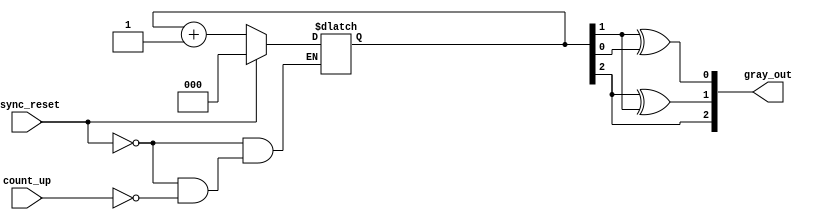
module gray_code_async_counter (
    input wire async_reset,   // Asynchronous reset
    input wire count_up,      // Asynchronous count signal
    output reg [2:0] gray_out // 3-bit Gray code output
);

// Internal binary counter
reg [2:0] binary_count;

// Function to convert binary to Gray code
function [2:0] binary_to_gray;
    input [2:0] bin;
    begin
        binary_to_gray = {bin[2], bin[2] ^ bin[1], bin[1] ^ bin[0]};
    end
endfunction

// Asynchronous reset and counting logic
always @* begin
    if (async_reset) begin
        binary_count = 3'b000; // Reset binary counter to 0
    end else if (count_up) begin
        binary_count = binary_count + 1; // Increment binary counter
    end
end

// Always block to update Gray code output
always @(binary_count) begin
    gray_out = binary_to_gray(binary_count); // Convert binary to Gray code
end

endmodule